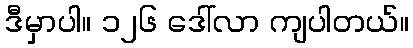
ဒီမှာပါ။ ၁၂၆ ဒေါ်လာ ကျပါတယ်။